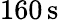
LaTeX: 160\, \mathrm{s}